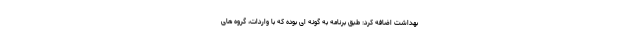
بهداشت اضافه کرد: طبق برنامه به گونه ای بوده که با واردات، گروه های